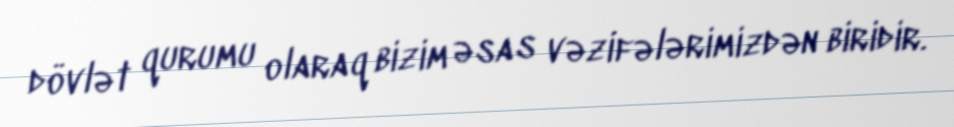
dövlət qurumu olaraq bizim əsas vəzifələrimizdən biridir.